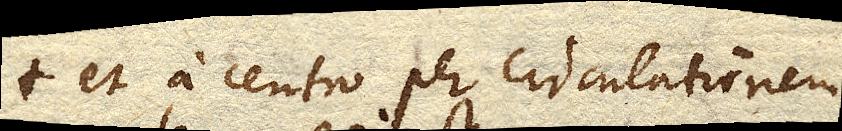
et a centro per circulationem